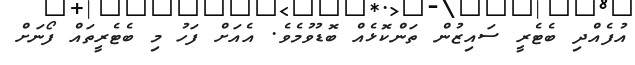
އުފެއްދި ބެޓެރީ ސައިޒުން ތަންކޮޅެއް ބޮޑުވުމެވެ. އެއަށް ފަހު މި ބެޓެރީތައް ފޯނަށް